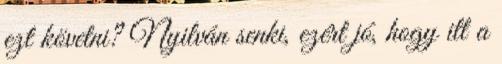
ezt követni? Nyilván senki, ezért jó, hogy itt a